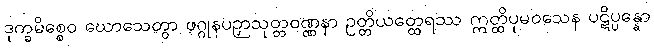
ဒုက္ခမိစ္စေဝ ဃောသေတွာ ဖဂ္ဂုနပဉှာသုတ္တဝဏ္ဏနာ ဥတ္တိယတ္ထေရဿ ဣတ္ထိပုမဝသေန ပဋိပ္ပန္နော